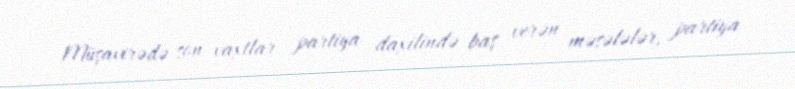
Müşavirədə son vaxtlar partiya daxilində baş verən məsələlər, partiya